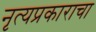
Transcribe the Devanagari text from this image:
नृत्यप्रकाराचा